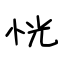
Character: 恍